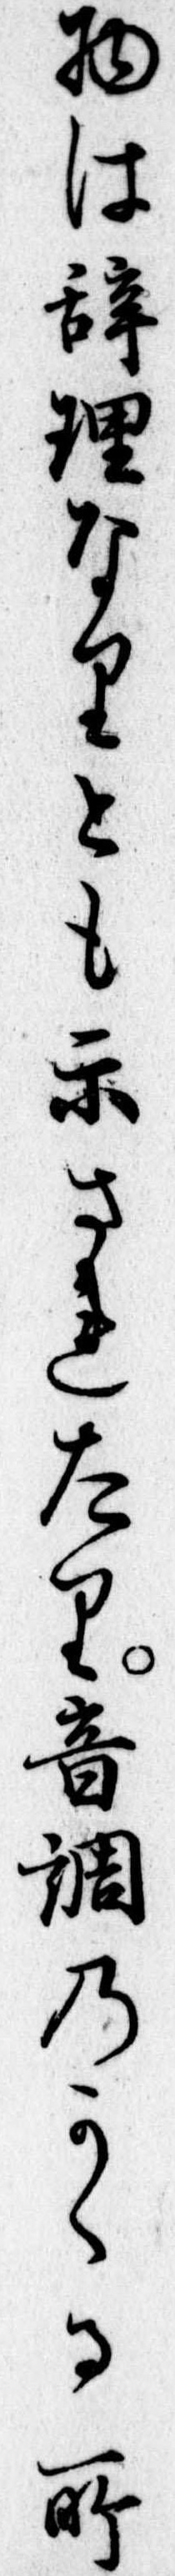
物は辞理なりとも示されたり音調のかゝる所